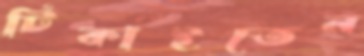
টিকাইতেন